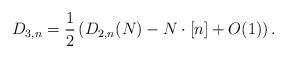
LaTeX: \begin{align*}D_{3,n} = \frac{1}{2}\left(D_{2,n}(N)-N \cdot[n ]+O(1)\right) .\end{align*}